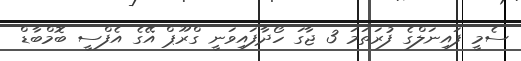
ސެމީ ފައިނަލްގެ ފުރަތަމަ 3 ޖާގަ ހޯދާފައިވަނީ ގްރޫޕް އޭގެ އެފްސީ ބޮމްބާޑް